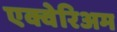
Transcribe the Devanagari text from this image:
एक्वेरिअम